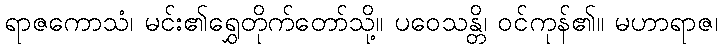
ရာဇကောသံ၊ မင်း၏ရွှေတိုက်တော်သို့။ ပဝေသန္တိ၊ ဝင်ကုန်၏။ မဟာရာဇ၊